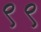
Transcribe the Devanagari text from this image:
९९